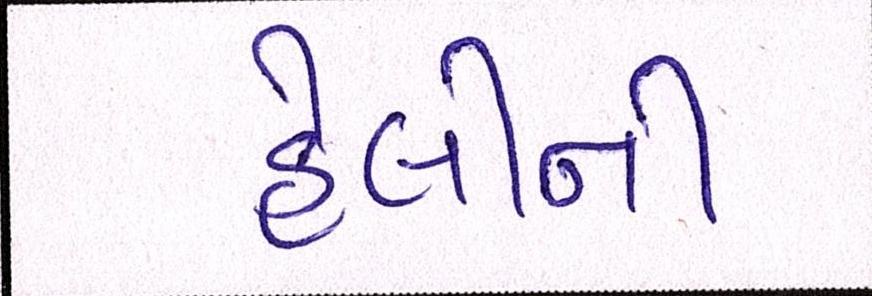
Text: હેલીની